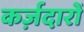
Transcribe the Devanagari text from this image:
कर्ज़दारों